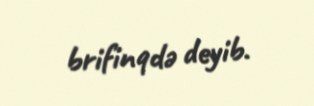
brifinqdə deyib.